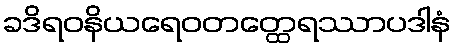
ခဒိရဝနိယရေဝတတ္ထေရဿာပဒါနံ